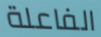
الفاعلة